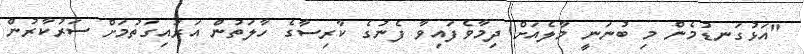
"އަޅުގަނޑުމެން މި ބުނަނީ މާލެއަށް ދިމާވެފައިވާ ފެނުގެ ކާރިސާގެ ހާލަތުން އަރައިގަތުމަށް ސަރުކާރުން